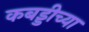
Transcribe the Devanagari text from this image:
कबड्डीच्या